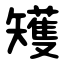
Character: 矱